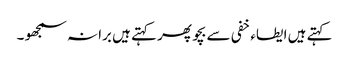
کہتے ہیں ایطاء خفی سے بچو پھر کہتے ہیں برا نہ سمجھو ۔